Report of the Indian Hemp Drugs Commission, 1894-1895 - Volume IV
Year: 1894
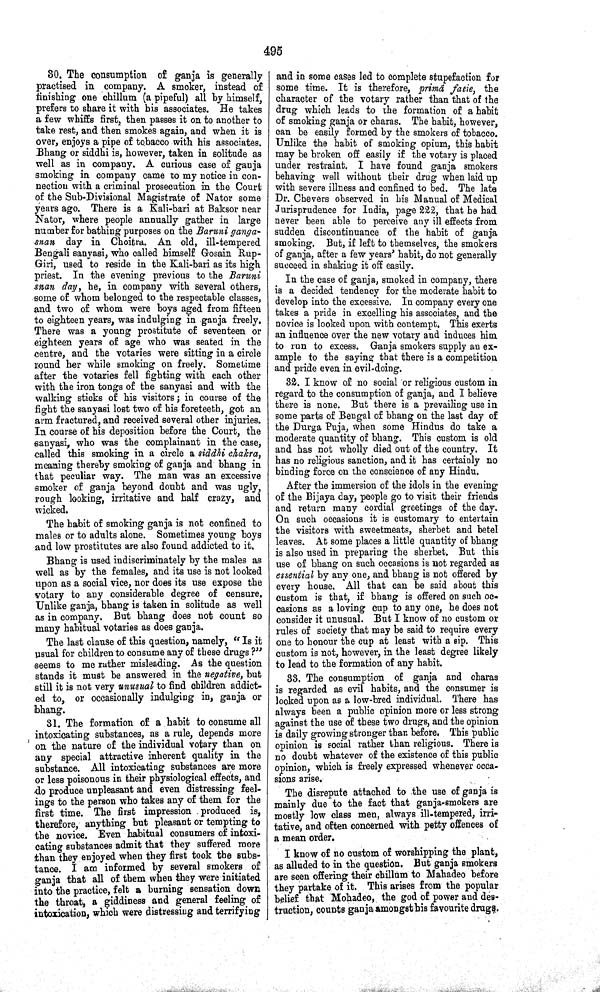
495
30. The consumption of ganja is generally
practised in company. A smoker, instead of
finishing one chillum (a pipeful) all by himself,
prefers to share it with his associates. He takes
a few whiffs first, then passes it on to another to
take rest, and then smokes again, and when it is
over, enjoys a pipe of tobacco with his associates.
Bhang or siddhi is, however, taken in solitude as
well as in company. A curious case of ganja
smoking in company came to my notice in con-
nection with a criminal prosecution in the Court
of the Sub-Divisional Magistrate of Nator some
years ago. There is a Kali-bari at Baksor near
Nator, where people annually gather in large
number for bathing purposes on the Baruni ganga-
snan day in Choitra. An old, ill-tempered
Bengali sanyasi, who called himself Gosain Rup-
Giri, used to reside in the Kali-bari as its high
priest. In the evening previous to the Baruni
snan day, he, in company with several others,
some of whom belonged to the respectable classes,
and two of whom were boys aged from fifteen
to eighteen years, was indulging in ganja freely.
There was a young prostitute of seventeen or
eighteen years of age who was seated in the
centre, and the votaries were sitting in a circle
round her while smoking on freely. Sometime
after the votaries fell fighting with each other
with the iron tongs of the sanyasi and with the
walking sticks of his visitors; in course of the
fight the sanyasi lost two of his foreteeth, got an
arm fractured, and received several other injuries.
In course of his deposition before the Court, the
sanyasi, who was the complainant in the case,
called this smoking in a circle a siddhi chakra,
meaning thereby smoking of ganja and bhang in
that peculiar way. The man was an excessive
smoker of ganja beyond doubt and was ugly,
rough looking, irritative and half crazy, and
wicked.
The habit of smoking ganja is not confined to
males or to adults alone. Sometimes young boys
and low prostitutes are also found addicted to it.
Bhang is used indiscriminately by the males as
well as by the females, and its use is not looked
upon as a social vice, nor does its use expose the
votary to any considerable degree of censure.
Unlike ganja, bhang is taken in solitude as well
as in company. But bhang does not count so
many habitual votaries as does ganja.
The last clause of this question, namely, "Is it
usual for children to consume any of these drugs ?"
seems to me rather misleading. As the question
stands it must be answered in the negative, but
still it is not very unusual to find children addict-
ed to, or occasionally indulging in, ganja or
bhang.
31. The formation of a habit to consume all
intoxicating substances, as a rule, depends more
on the nature of the individual votary than on
any special attractive inherent quality in the
substance. All intoxicating substances are more
or less poisonous in their physiological effects, and
do produce unpleasant and even distressing feel-
ings to the person who takes any of them for the
first time. The first impression produced is,
therefore, anything but pleasant or tempting to
the novice. Even habitual consumers of intoxi-
cating substances admit that they suffered more
than they enjoyed when they first took the subs-
tance. I am informed by several smokers of
ganja that all of them when they were initiated
into the practice, felt a burning sensation down
the throat, a giddiness and general feeling of
intoxication, which were distressing and terrifying
and in some cases led to complete stupefaction for
some time. It is therefore, prima facie, the
character of the votary rather than that of the
drug which leads to the formation of a habit
of smoking ganja or charas. The habit, however,
can be easily formed by the smokers of tobacco.
Unlike the habit of smoking opium, this habit
may be broken off easily if the votary is placed
under restraint. I have found ganja smokers
behaving well without their drug when laid up
with severe illness and confined to bed. The late
Dr. Chevers observed in his Manual of Medical
Jurisprudence for India, page 222, that he had
never been able to perceive any ill effects from
sudden discontinuance of the habit of ganja
smoking. But, if left to themselves, the smokers
of ganja, after a few years' habit, do not generally
succeed in shaking it off easily.
In the case of ganja, smoked in company, there
is a decided tendency for the moderate habit to
develop into the excessive. In company every one
takes a pride in excelling his associates, and the
novice is looked upon with contempt. This exerts
an influence over the new votary and induces him
to run to excess. Ganja smokers supply an ex-
ample to the saying that there is a competition
and pride even in evil-doing.
32. I know of no social or religious custom in
regard to the consumption of ganja, and I believe
there is none. But there is a prevailing use in
some parts of Bengal of bhang on the last day of
the Durga Puja, when some Hindus do take a
moderate quantity of bhang. This custom is old
and has not wholly died out of the country. It
has no religious sanction, and it has certainly no
binding force on the conscience of any Hindu.
After the immersion of the idols in the evening
of the Bijaya day, people go to visit their friends
and return many cordial greetings of the day.
On such occasions it is customary to entertain
the visitors with sweetmeats, sherbet and betel
leaves. At some places a little quantity of bhang
is also used in preparing the sherbet. But this
use of bhang on such occasions is not regarded as
essential by any one, and bhang is not offered by
every house. All that can be said about this
custom is that, if bhang is offered on such oc-
casions as a loving cup to any one, he does not
consider it unusual. But I know of no custom or
rules of society that may be said to require every
one to honour the cup at least with a sip. This
custom is not, however, in the least degree likely
to lead to the formation of any habit.
33. The consumption of ganja and charas
is regarded as evil habits, and the consumer is
looked upon as a low-bred individual. There has
always been a public opinion more or less strong
against the use of these two drugs, and the opinion
is daily growing stronger than before. This public
opinion is social rather than religious. There is
no doubt whatever of the existence of this public
opinion, which is freely expressed whenever occa-
sions arise.
The disrepute attached to the use of ganja is
mainly due to the fact that ganja-smokers are
mostly low class men, always ill-tempered, irri-
tative, and often concerned with petty offences of
a mean order.
I know of no custom of worshipping the plant,
as alluded to in the question. But ganja smokers
are seen offering their chillum to Mahadeo before
they partake of it. This arises from the popular
belief that Mohadeo, the god of power and des-
truction, counts ganja amongst his favourite drugs.